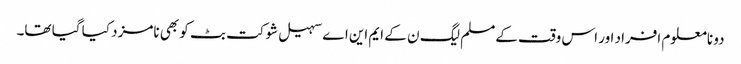
دو نامعلوم افراد اور اس وقت کےمسلم لیگ ن کے ایم این اے سہیل شوکت بٹ کو بھی نامزد کیا گیا تھا۔